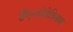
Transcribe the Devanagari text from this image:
सैएन्त्रोमेत्रिक्स